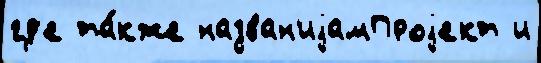
гд'е та́кже назван'иjамПроjект и